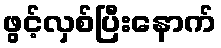
ဖွင့်လှစ်ပြီးနောက်